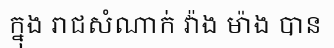
ក្នុង រាជសំណាក់ វ៉ាង ម៉ាង បាន